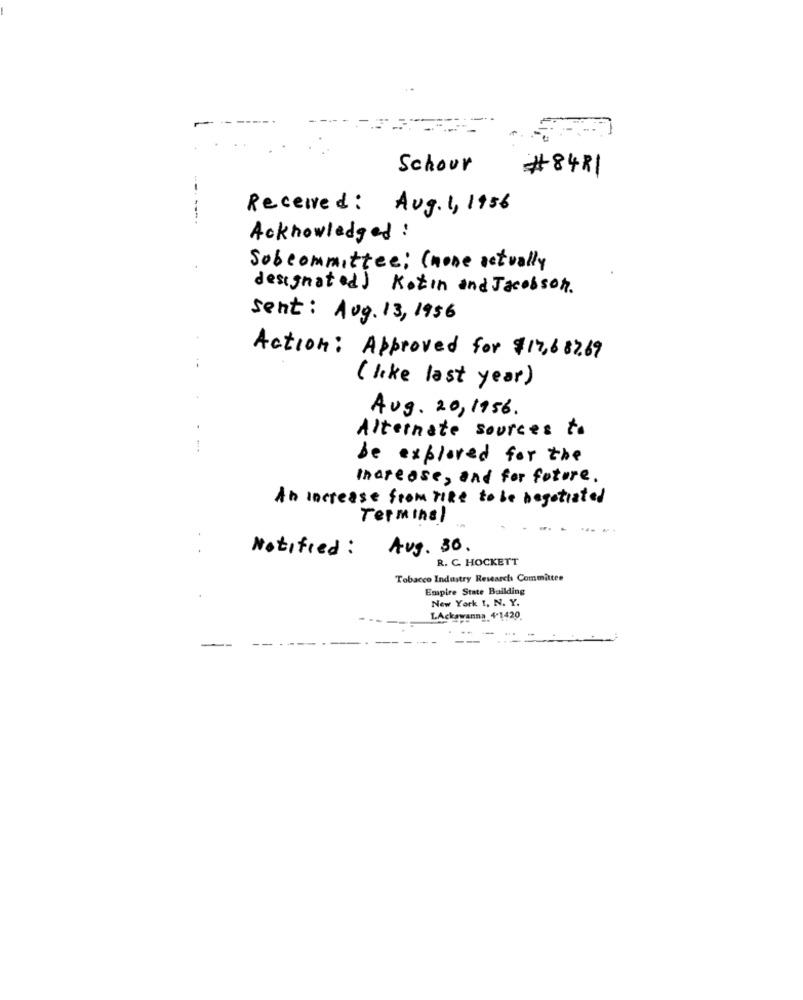
..
Schour
#8481
Received: Aug. 1, 1956
Acknowledged :
Subcommittee; (none actually
designated ) Kotin and Jacobson.
sent: Aug. 13, 1956
Action: Approved for $17,687.69
( like last year)
Aug. 20, 1956.
Alternate Sources t.
be explored for the
Increase, and for future.
An Increase from time to be negotiated
Terminal
Notified :
Avg. 30.
R. C. HOCKETT
Tobacco Industry Research Committee
Empire State Building
New York 1, N. Y.
LAckswanna 4-1420
--